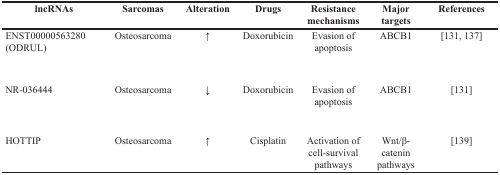
| lncRNAs | Sarcomas | Alteration | Drugs | Resistance mechanisms | Major targets | References |
 | --- | --- | --- | --- | --- | --- | --- |
 | ENST00000563280 (ODRUL) | Osteosarcoma | ↑ | Doxorubicin | Evasion of apoptosis | ABCB1 | [131, 137] |
 | NR-036444 | Osteosarcoma | ↓ | Doxorubicin | Evasion of apoptosis | ABCB1 | [131] |
 | HOTTIP | Osteosarcoma | ↑ | Cisplatin | Activation of cell-survival pathways | Wnt/β-catenin pathways | [139] |